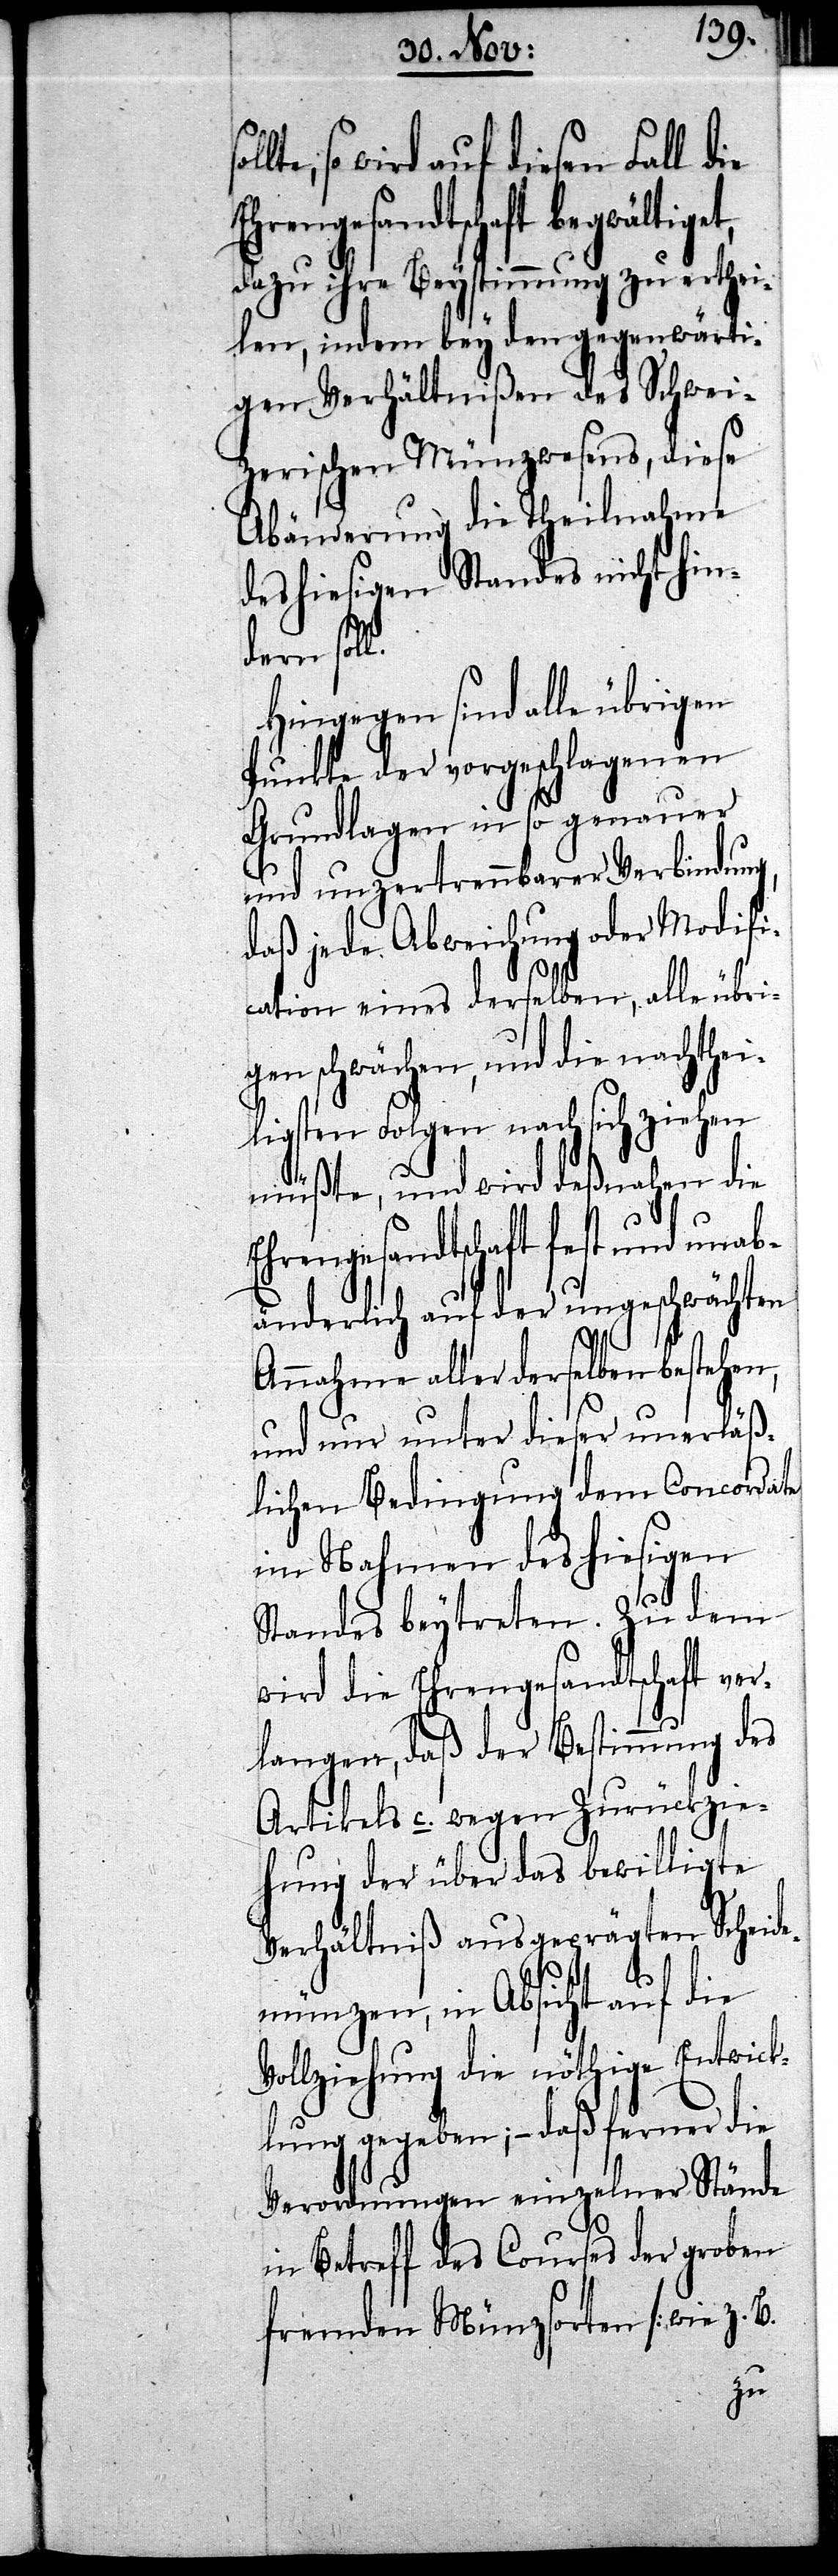
so wird auf diesen Fall die
dazu ihre Beystimmung zu erthei¬
len, indem bey den gegenwärti¬
gen Verhältnißen des Schwei¬
zerischen Münzwesens, diese
Abänderung die Theilnahme
des hiesigen Standes nicht hin¬
dern sol¬
Hingegen sind alle übrigen
Punkte der vorgeschlagenen
Grundlagen in so genauer
und unzertrennbarer Verbindung,
daß jede Abweichung oder Modifi¬
cation eines derselben, alle übri¬
gen schwächen, und die nachthei¬
ligsten Folgen nach sich ziehen
müßte, und wird deßnahen die
Ehrengesandtschaft fest und unab¬
änderlich auf der ungeschwächten
Annahme aller derselben bestehen,
und nur unter dieser unerläß¬
lichen Bedingung dem Concordate
im Nahmen des hiesigen
Standes beytreten. Zu dem
wird die Ehrengesandtschaft ver¬
langen, daß der Bestimmung des
Artikels c. wegen Zurückzie¬
hung der über das bewilligte
Verhältniß ausgeprägten Scheid¬
emünzen, in Absicht auf die
Vollziehung die nöthige Entwick¬
lung gegeben; – daß ferner die
Verordnungen einzelner Stände
in Betreff des Courses der groben
fremden Münzsorten [wie z.B.
l.